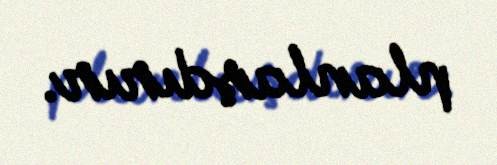
planlaşdırır.